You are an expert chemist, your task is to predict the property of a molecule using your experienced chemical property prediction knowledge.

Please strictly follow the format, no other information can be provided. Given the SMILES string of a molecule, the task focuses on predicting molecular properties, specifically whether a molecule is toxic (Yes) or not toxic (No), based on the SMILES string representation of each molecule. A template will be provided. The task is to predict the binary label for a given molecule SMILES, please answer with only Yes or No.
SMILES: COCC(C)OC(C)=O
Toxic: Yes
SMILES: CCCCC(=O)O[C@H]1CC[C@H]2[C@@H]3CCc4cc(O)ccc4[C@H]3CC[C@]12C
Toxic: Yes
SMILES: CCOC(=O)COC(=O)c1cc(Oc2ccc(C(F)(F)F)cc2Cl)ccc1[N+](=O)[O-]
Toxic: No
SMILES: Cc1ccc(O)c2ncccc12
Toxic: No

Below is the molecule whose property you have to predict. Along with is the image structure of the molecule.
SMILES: CCCO
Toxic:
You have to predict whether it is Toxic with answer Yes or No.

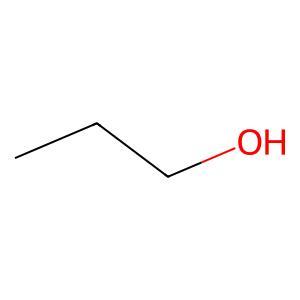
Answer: No